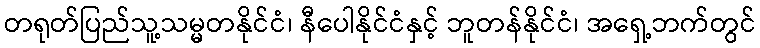
တရုတ်ပြည်သူ့သမ္မတနိုင်ငံ၊ နီပေါနိုင်ငံနှင့် ဘူတန်နိုင်ငံ၊ အရှေ့ဘက်တွင်